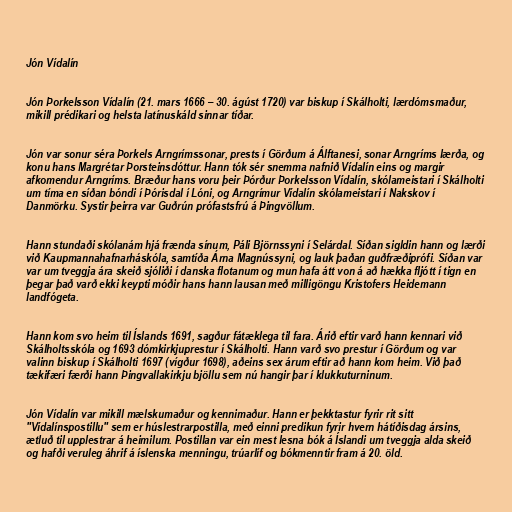
Jón Vídalín

Jón Þorkelsson Vídalín (21. mars 1666 – 30. ágúst 1720) var biskup í Skálholti, lærdómsmaður,
mikill prédikari og helsta latínuskáld sinnar tíðar.

Jón var sonur séra Þorkels Arngrímssonar, prests í Görðum á Álftanesi, sonar Arngríms lærða, og
konu hans Margrétar Þorsteinsdóttur. Hann tók sér snemma nafnið Vídalín eins og margir
afkomendur Arngríms. Bræður hans voru þeir Þórður Þorkelsson Vídalín, skólameistari í Skálholti
um tíma en síðan bóndi í Þórisdal í Lóni, og Arngrímur Vídalín skólameistari í Nakskov í
Danmörku. Systir þeirra var Guðrún prófastsfrú á Þingvöllum.

Hann stundaði skólanám hjá frænda sínum, Páli Björnssyni í Selárdal. Síðan sigldin hann og lærði
við Kaupmannahafnarháskóla, samtíða Árna Magnússyni, og lauk þaðan guðfræðiprófi. Síðan var
var um tveggja ára skeið sjóliði í danska flotanum og mun hafa átt von á að hækka fljótt í tign en
þegar það varð ekki keypti móðir hans hann lausan með milligöngu Kristofers Heidemann
landfógeta.

Hann kom svo heim til Íslands 1691, sagður fátæklega til fara. Árið eftir varð hann kennari við
Skálholtsskóla og 1693 dómkirkjuprestur í Skálholti. Hann varð svo prestur í Görðum og var
valinn biskup í Skálholti 1697 (vígður 1698), aðeins sex árum eftir að hann kom heim. Við það
tækifæri færði hann Þingvallakirkju bjöllu sem nú hangir þar í klukkuturninum.

Jón Vídalín var mikill mælskumaður og kennimaður. Hann er þekktastur fyrir rit sitt
"Vídalínspostillu" sem er húslestrarpostilla, með einni predikun fyrir hvern hátíðisdag ársins,
ætluð til upplestrar á heimilum. Postillan var ein mest lesna bók á Íslandi um tveggja alda skeið
og hafði veruleg áhrif á íslenska menningu, trúarlíf og bókmenntir fram á 20. öld.